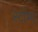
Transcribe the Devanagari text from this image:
स्टॉम्प